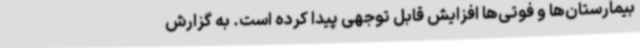
بیمارستان‌ها و فوتی‌ها افزایش قابل توجهی پیدا کرده است. به گزارش